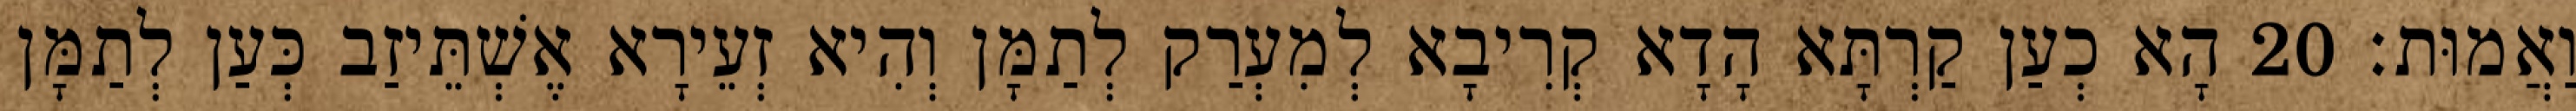
וַאֲמוּת׃ 20 הָא כְעַן קַרְתָּא הָדָא קְרִיבָא לְמִעְרַק לְתַמָּן וְהִיא זְעֵירָא אֶשְׁתֵּיזַב כְּעַן לְתַמָּן